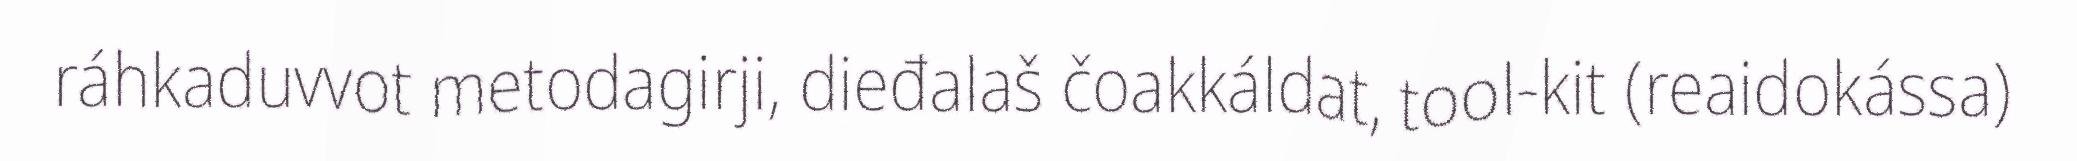
ráhkaduvvot metodagirji, dieđalaš čoakkáldat, tool-kit (reaidokássa)